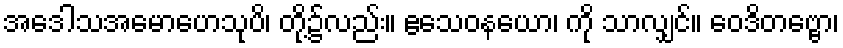
အဒေါသအမောဟေသုပိ၊ တို့၌လည်း။ ဧသေဝနယော၊ ကို သာလျှင်။ ဝေဒိတဗ္ဗော၊